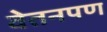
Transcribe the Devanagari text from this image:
वेतनपण